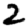
Digit: 2